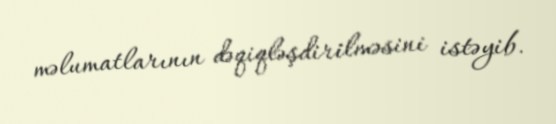
məlumatlarının dəqiqləşdirilməsini istəyib.